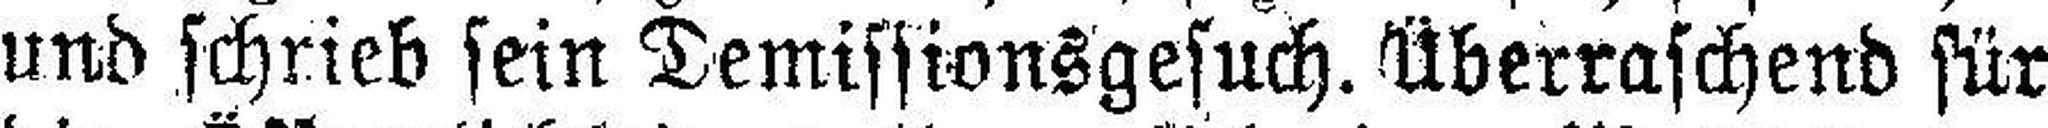
und schrieb sein Demissionsgesuch, Überraschend für